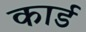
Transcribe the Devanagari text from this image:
कार्ड